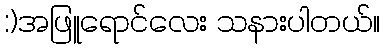
:)အဖြူရောင်လေး သနားပါတယ်။